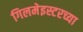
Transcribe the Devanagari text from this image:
गिलमेइस्टरच्या